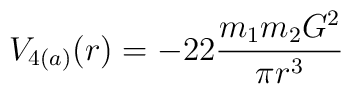
V_{4(a)}(r) = -22\frac{m_1m_2 G^2}{\pi r^3}